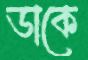
ডাকে